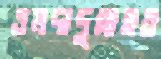
এমদাদুল্লাহর